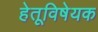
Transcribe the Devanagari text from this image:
हेतूविषेयक